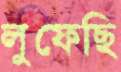
লুফেছি